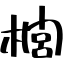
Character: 櫚